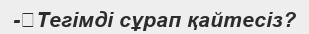
-	Тегімді сұрап қайтесіз?